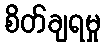
စိတ်ချရမှု